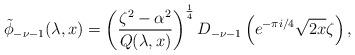
LaTeX: \begin{align*} \tilde{\phi}_{-\nu-1}(\lambda, x)=\left (\frac{\zeta^2-\alpha^2}{Q(\lambda,x)}\right )^{\frac{1}{4}}D_{-\nu-1}\left ({e}^{-\pi i/4}\sqrt{2x}\zeta\right ),\end{align*}